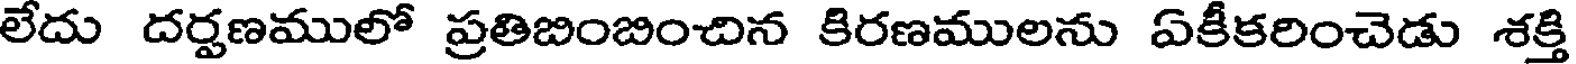
లేదు దర్షణములో ప్రతిబింబించిన కిరణములను ఏకీకరించెడు శక్తి